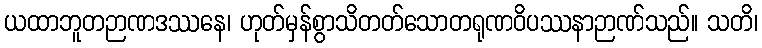
ယထာဘူတဉာဏဒဿနေ၊ ဟုတ်မှန်စွာသိတတ်သောတရုဏဝိပဿနာဉာဏ်သည်။ သတိ၊